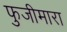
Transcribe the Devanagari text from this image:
फुजीमारा